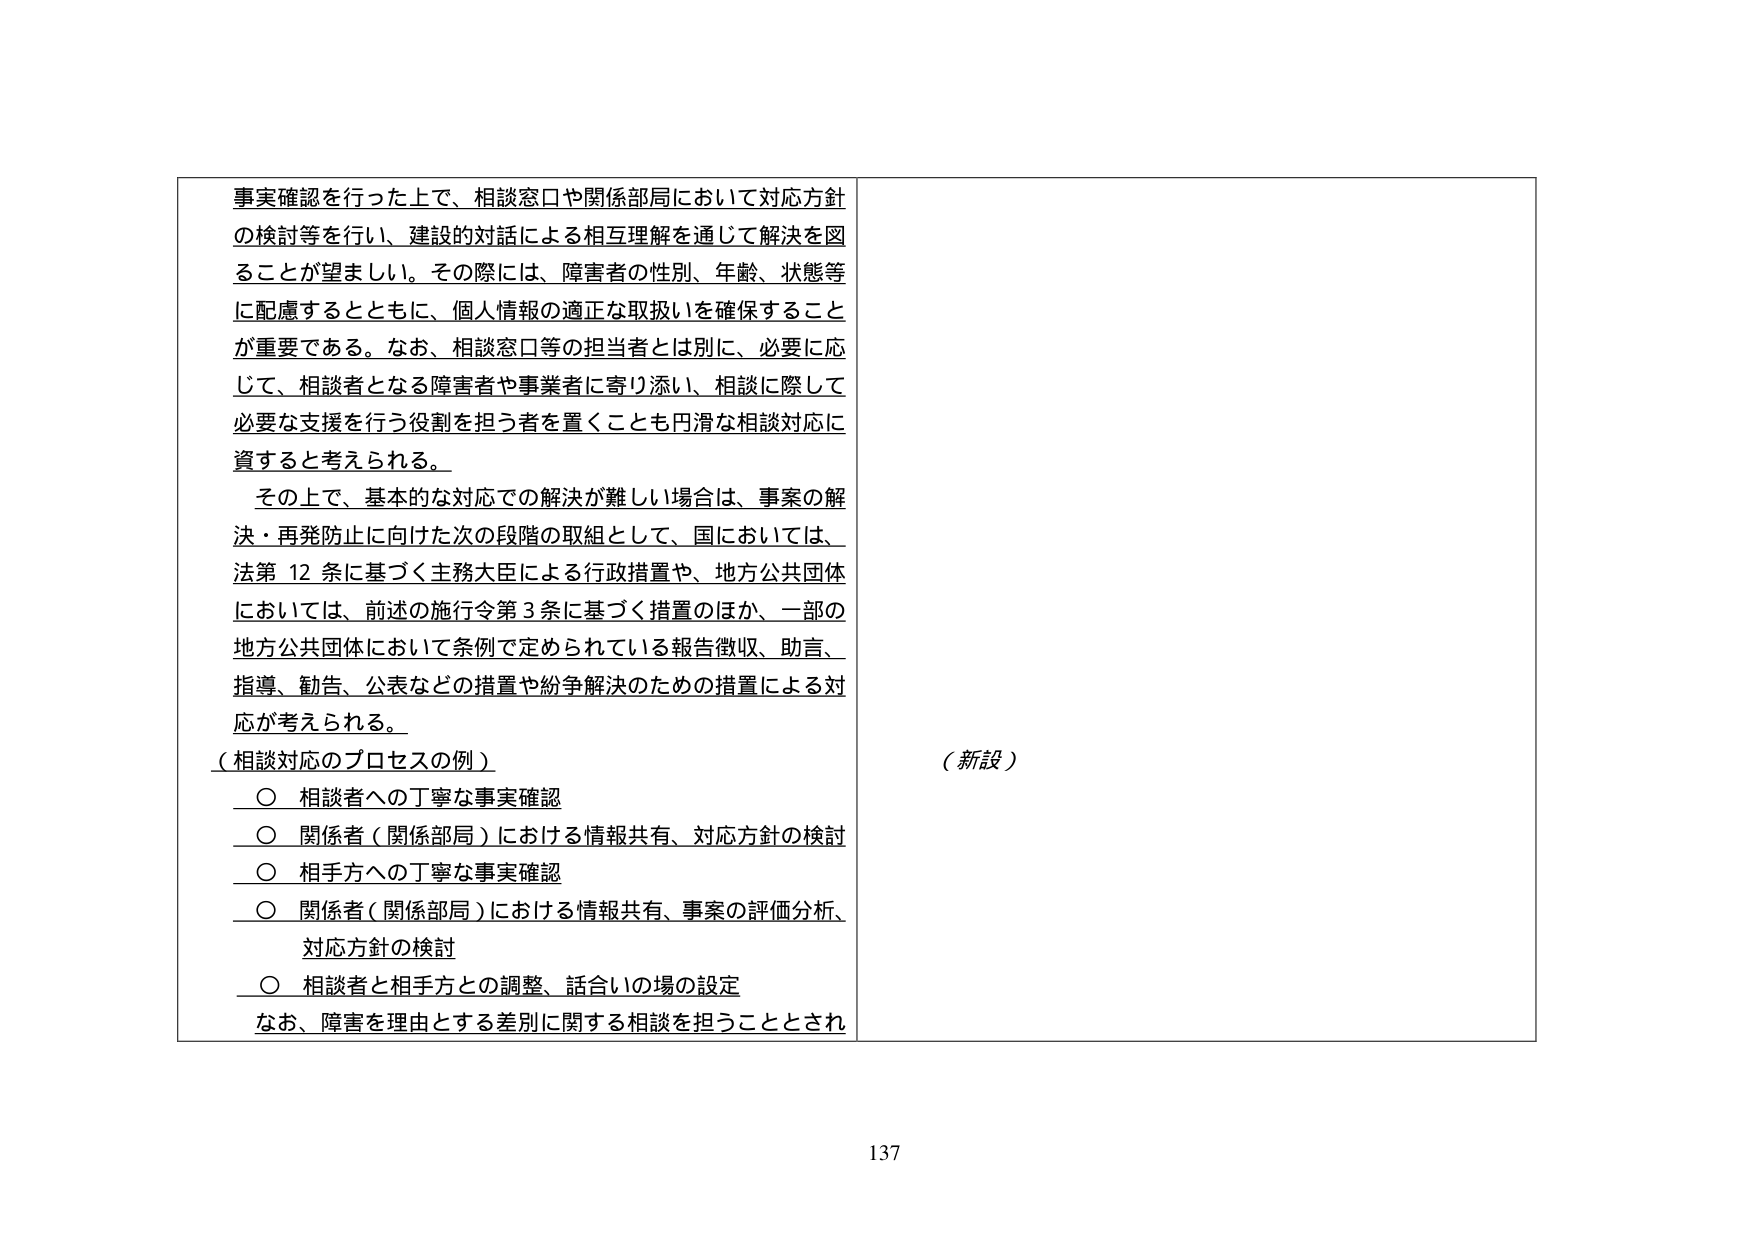
事実確認を行った上で、相談窓口や関係部局において対応方針
の検討等を行い、建設的対話による相互理解を通じて解決を図
ることが望ましい。その際には、障害者の性別、年齢、状態等
に配慮するとともに、個人情報の適正な取扱いを確保すること
が重要である。なお、相談窓口等の担当者とは別に、必要に応
じて、相談者となる障害者や事業者に寄り添い、相談に際して
必要な支援を行う役割を担う者を置くことも円滑な相談対応に
資すると考えられる。
　その上で、基本的な対応での解決が難しい場合は、事案の解
決・再発防止に向けた次の段階の取組として、国においては、
法第12条に基づく主務大臣による行政措置や、地方公共団体
においては、前述の施行令第3条に基づく措置のほか、一部の
地方公共団体において条例で定められている報告徴収、助言、
指導、勧告、公表などの措置や紛争解決のための措置による対
応が考えられる。
（相談対応のプロセスの例）
　○ 相談者への丁寧な事実確認
　○ 関係者（関係部局）における情報共有、対応方針の検討
　○ 相手方への丁寧な事実確認
　○ 関係者（関係部局）における情報共有、事案の評価分析、
　　対応方針の検討
　○ 相談者と相手方との調整、話合いの場の設定
なお、障害を理由とする差別に関する相談を担うこととされ
（新設）
137